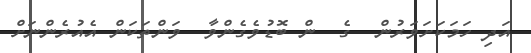
އަދި ހަމަކަށަވަރުން  ގެ  ން ބޮޑުވެގެންވާ  ވަންތަކަން އެއުރެންނަށް